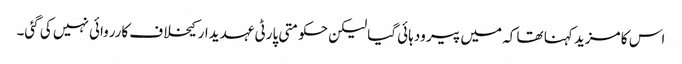
اس کا مزید کہنا تھا کہ میں پیر ودہائی گیا لیکن حکومتی پارٹی عہدیدار کیخلاف کارروائی نہیں کی گئی۔